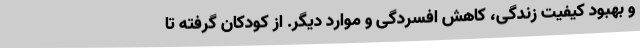
و بهبود کیفیت زندگی، کاهش افسردگی و موارد دیگر. از کودکان گرفته تا